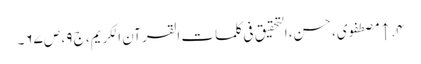
۴. ↑ مصطفوی، حسن، التحقیق فی کلمات القرآن الکریم، ج ۹، ص ۶۷۔